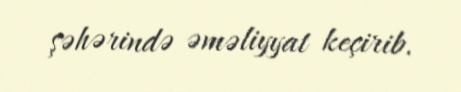
şəhərində əməliyyat keçirib.